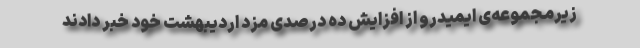
زیرمجموعه‌ی ایمیدرو از افزایش ده درصدی مزد اردیبهشت خود خبر دادند